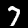
Digit: 7